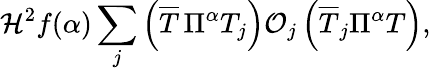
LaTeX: {\cal H}^{2}f(\alpha)\sum_{j}\left(\overline{{{T}}}\, \Pi^{\alpha}T_{j}\right){\cal O}_{j}\left(\overline{{{T}}}_{j}\Pi^{\alpha}T\right),